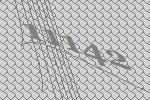
11142